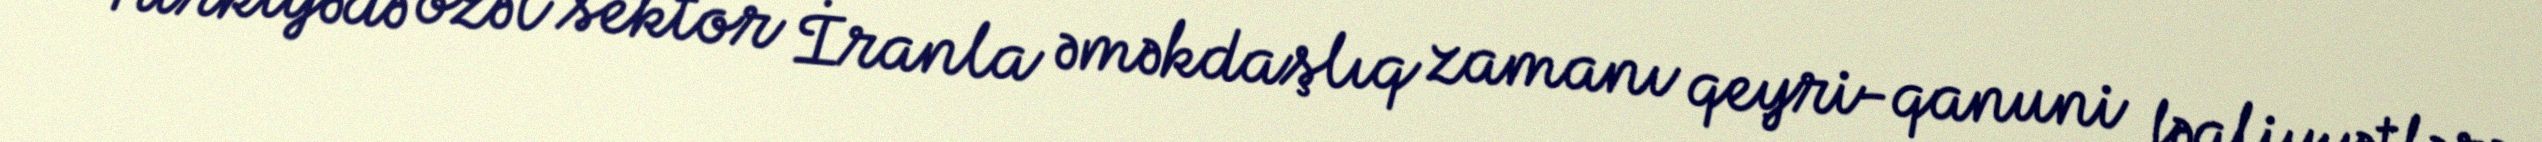
Türkiyədə özəl sektor İranla əməkdaşlıq zamanı qeyri-qanuni fəaliyyətlərə